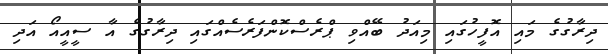
ދިރާގުގެ މައި އޮފީހުގައި މިއަދު ބޭއްވި ޕްރެސްކޮންފަރެސެއްގައި ދިރާގުގެ އާ ސީއީއޯ އަދި